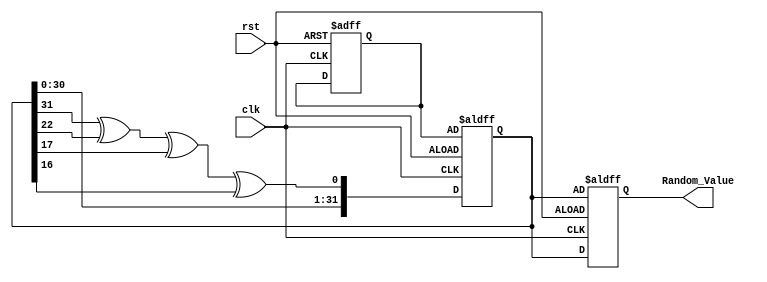
module Random_Initialization (
    input wire clk,           // Clock signal
    input wire rst,           // Reset signal
    output reg [31:0] Random_Value // Random value output (32-bit)
);

    // Internal parameters
    reg [31:0] seed;          // Seed value for random number generation
    reg [31:0] lfsr;          // Linear Feedback Shift Register for pseudo-random generation

    // LFSR feedback polynomial for 32-bit LFSR (example: x^32 + x^22 + x^17 + x^16 + 1)
    wire feedback = lfsr[31] ^ lfsr[22] ^ lfsr[17] ^ lfsr[16];

    // Random value generation process
    always @(posedge clk or posedge rst) begin
        if (rst) begin
            // Reset and initialize the seed and LFSR
            seed <= 32'h12345678;  // Example fixed seed value
            lfsr <= seed;           // Initialize LFSR with seed
            Random_Value <= lfsr;   // Assign initial random value
        end else begin
            // Shift LFSR and generate new random value
            lfsr <= {lfsr[30:0], feedback}; // Shift left and insert feedback
            Random_Value <= lfsr;            // Update Random_Value with new LFSR output
        end
    end

    // Initialization at the start of the simulation
    initial begin
        seed = 32'h12345678; // Example fixed seed value
        lfsr = seed;         // Initialize LFSR with seed
        Random_Value = lfsr; // Assign initial random value
    end

endmodule